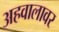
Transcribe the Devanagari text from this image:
अहवालावर